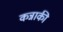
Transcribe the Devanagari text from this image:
कन्नाकी